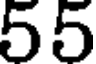
55